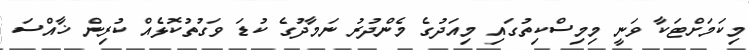
މިކަމަށްޓަކާ ވަނީ މިމިސްކިތުގައި މިއަދުގެ މެންދުރު ނަމާދުގެ ކުޑަ ވަގުތުކޮޅެއް ކުރިން ޚާއްސަ